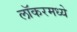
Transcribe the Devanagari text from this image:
लॉकरमध्ये